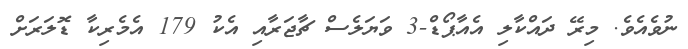
ނުވެއެވެ. މިރޭ ދައްކާލި އެއާޕޯޑް-3 ވަޔަލެސް ޗާޖަރާއި އެކު 179 އެމެރިކާ ޑޮލަރަށް